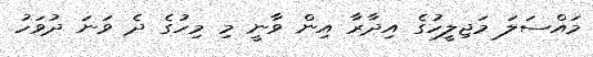
މައްސަލަ މަޖިލީހުގެ އިދާރާ އިން ވާނީ މި މިހުގެ ދެ ވަނަ ދުވަހު